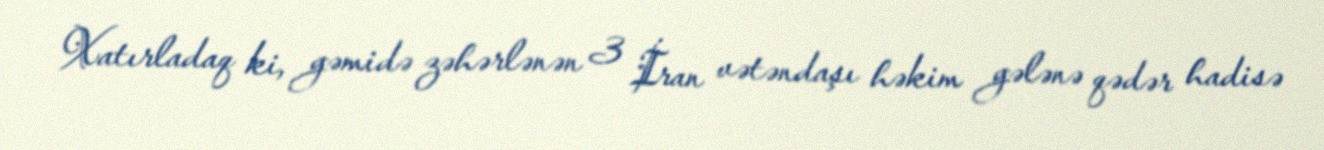
Xatırladaq ki, gəmidə zəhərlənən 3 İran vətəndaşı həkim gələnə qədər hadisə